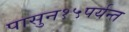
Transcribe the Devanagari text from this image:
पासुन१५पर्यन्त